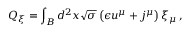
Q _ { \xi } = \int _ { B } d ^ { 2 } x \sqrt { \sigma } \left( \epsilon u ^ { \mu } + j ^ { \mu } \right) \xi _ { \mu } \, ,